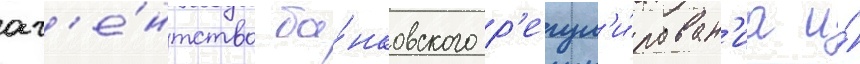
аг'е́нтство ба́нковского р'егул'и́рован'иа и́